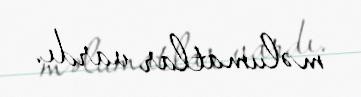
məlumatlar vardı.